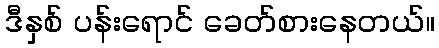
ဒီနှစ် ပန်းရောင် ခေတ်စားနေတယ်။